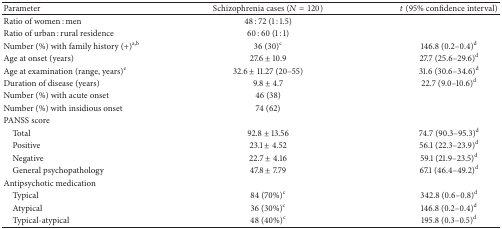
| Parameter | Schizophrenia cases (N = 120) | t (95% confidence interval) |
 | --- | --- | --- |
 | Ratio of women : men | 48 : 72 (1 : 1.5) |  |
 | Ratio of urban : rural residence | 60 : 60 (1 : 1) |  |
 | Number (%) with family history (+)a,b | 36 (30)c | 146.8 (0.2–0.4)d |
 | Age at onset (years) | 27.6 ± 10.9 | 27.7 (25.6–29.6)d |
 | Age at examination (range, years)e | 32.6 ± 11.27 (20–55) | 31.6 (30.6–34.6)d |
 | Duration of disease (years) | 9.8 ± 4.7 | 22.7 (9.0–10.6)d |
 | Number (%) with acute onset | 46 (38) |  |
 | Number (%) with insidious onset | 74 (62) |  |
 | PANSS score |  |  |
 | Total | 92.8 ± 13.56 | 74.7 (90.3–95.3)d |
 | Positive | 23.1 ± 4.52 | 56.1 (22.3–23.9)d |
 | Negative | 22.7 ± 4.16 | 59.1 (21.9–23.5)d |
 | General psychopathology | 47.8 ± 7.79 | 67.1 (46.4–49.2)d |
 | Antipsychotic medication |  |  |
 | Typical | 84 (70%)c | 342.8 (0.6–0.8)d |
 | Atypical | 36 (30%)c | 146.8 (0.2–0.4)d |
 | Typical-atypical | 48 (40%)c | 195.8 (0.3–0.5)d |